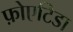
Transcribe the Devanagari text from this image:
फ़ोएटिडा